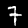
Label: 7